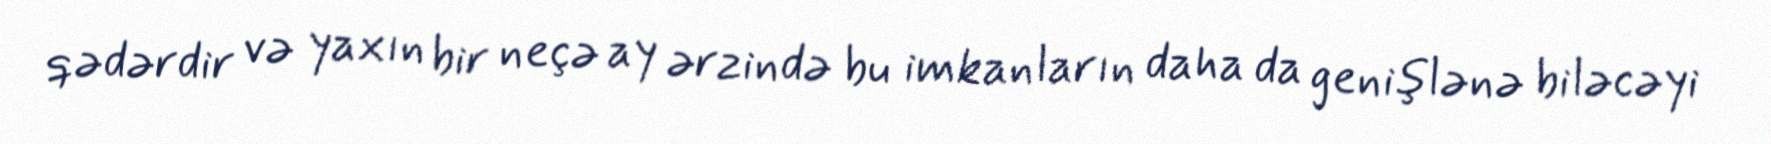
qədərdir və yaxın bir neçə ay ərzində bu imkanların daha da genişlənə biləcəyi